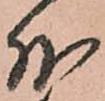
外